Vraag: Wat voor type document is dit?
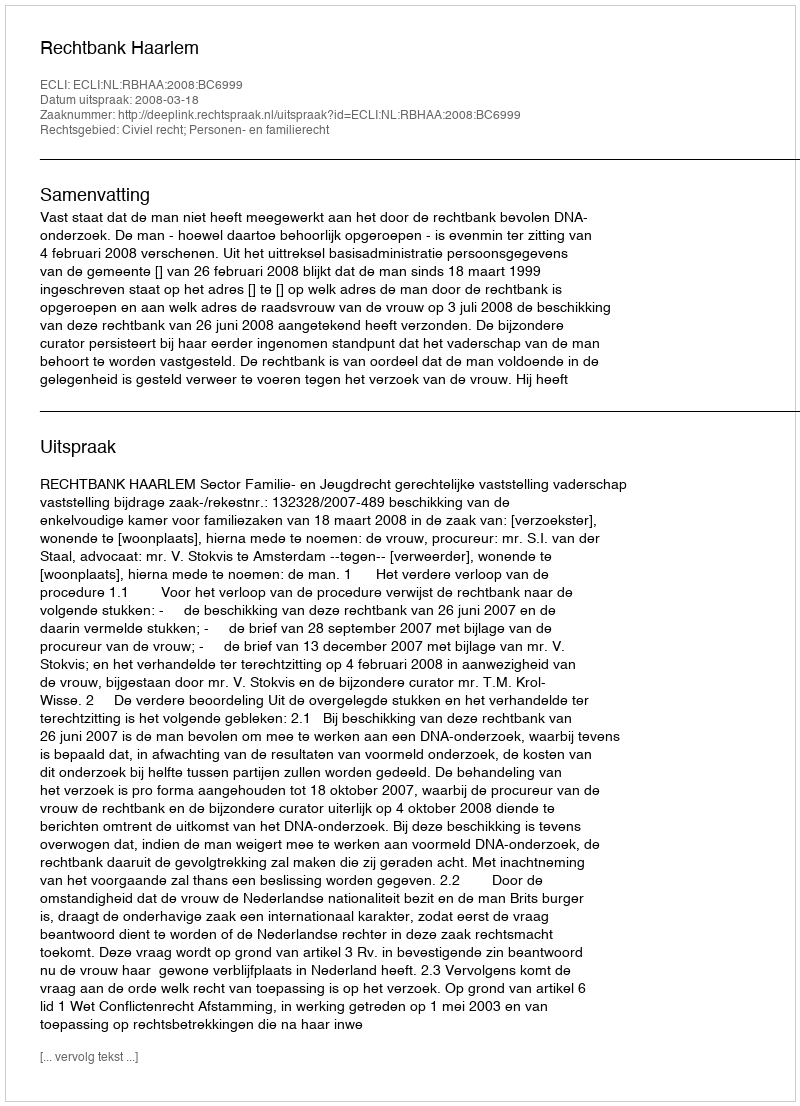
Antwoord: Uitspraak